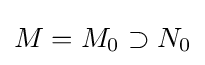
M=M_{0}\supset N_{0}